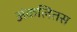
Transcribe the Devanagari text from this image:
अंकलितस